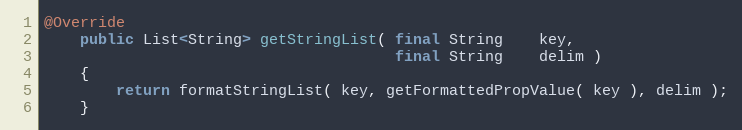
Language: Java
@Override
    public List<String> getStringList( final String    key,
                                       final String    delim )
    {
        return formatStringList( key, getFormattedPropValue( key ), delim );
    }